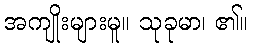
အကျိုးများမူ။ သုခုမာ၊ ၏။